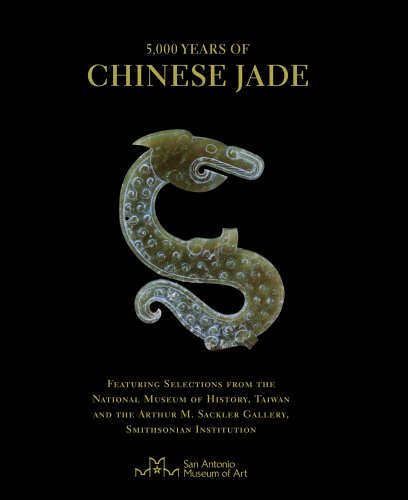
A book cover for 5,000 Years of Chinese Jade: Featuring Selections from the National Museum of History, Taiwan, and the Arthur M. Sackler Gallery, Smithsonian Institution; John Johnston; Arts & Photography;